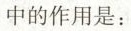
中的作用是：